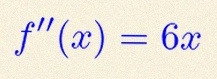
f''(x)=6x